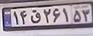
۱۴ق۲۶۱۵۳